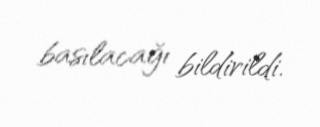
basılacağı bildirildi.